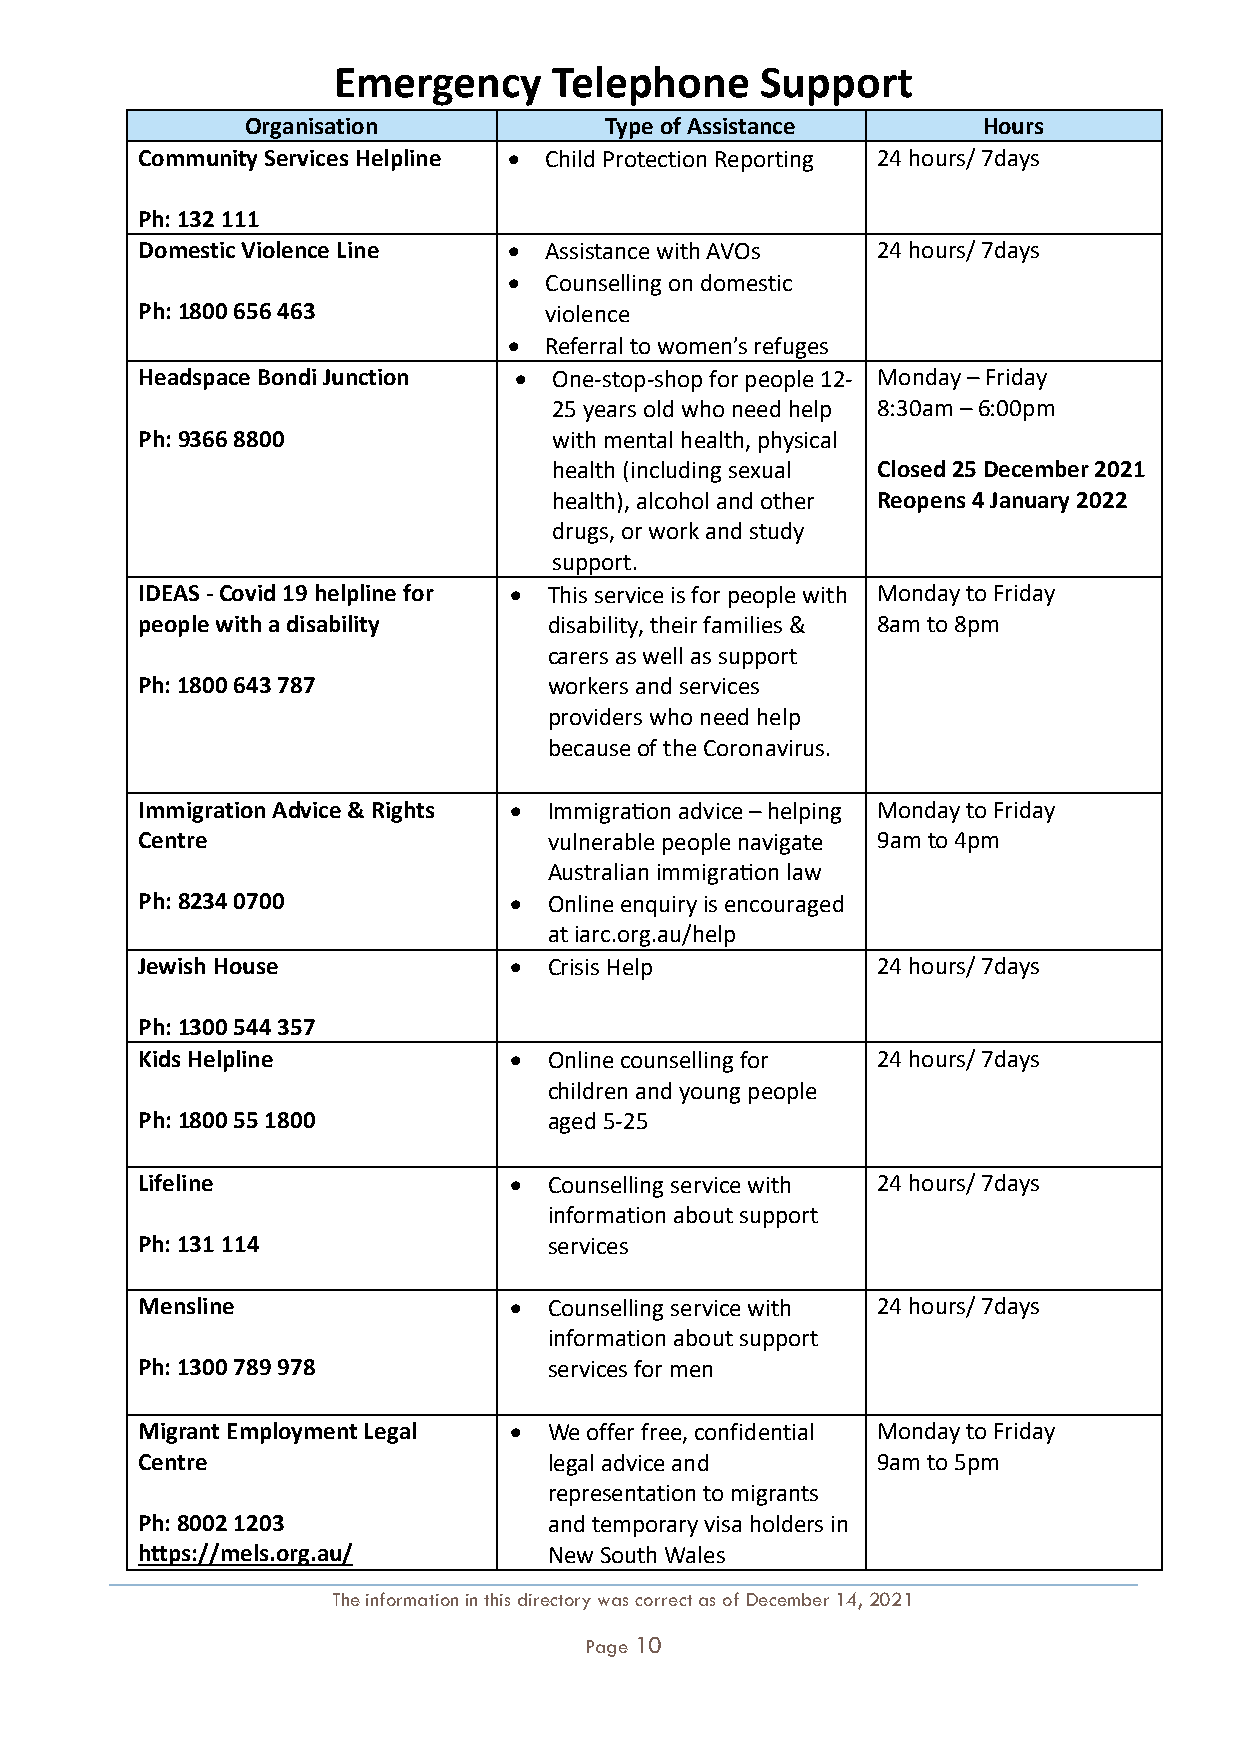
Emergency      Telephone    Support
 Organisation            Type of Assistance       Hours
 Community Services Helpline • Child Protection Reporting 24 hours/ 7days
 Ph: 132 111
 Domestic Violence Line   • Assistance with AVOs  24 hours/ 7days
 • Counselling on domestic
 Ph: 1800 656 463           violence
 • Referral to women’s refuges
 Headspace Bondi Junction •  One-stop-shop for people 12- Monday – Friday
 25 years old who need help 8:30am – 6:00pm
 Ph: 9366 8800               with mental health, physical
 health (including sexual Closed 25 December 2021
 health), alcohol and other Reopens 4 January 2022
 drugs, or work and study
 support.
 IDEAS - Covid 19 helpline for • This service is for people with Monday to Friday
 people with a disability   disability, their families & 8am to 8pm
 carers as well as support
 Ph: 1800 643 787           workers and services
 providers who need help
 because of the Coronavirus.
 Immigration Advice & Rights • Immigration advice – helping Monday to Friday
 Centre                     vulnerable people navigate 9am to 4pm
 Australian immigration law
 Ph: 8234 0700            • Online enquiry is encouraged
 at iarc.org.au/help
 Jewish House             • Crisis Help           24 hours/ 7days
 Ph: 1300 544 357
 Kids Helpline            • Online counselling for 24 hours/ 7days
 children and young people
 Ph: 1800 55 1800           aged 5-25
 Lifeline                 • Counselling service with 24 hours/ 7days
 information about support
 Ph: 131 114                services
 Mensline                 • Counselling service with 24 hours/ 7days
 information about support
 Ph: 1300 789 978           services for men
 Migrant Employment Legal • We offer free, confidential Monday to Friday
 Centre                     legal advice and      9am to 5pm
 representation to migrants
 Ph: 8002 1203              and temporary visa holders in
 https://mels.org.au/       New South Wales
 The information in this directory was correct as of December 14, 2021
 Page 10